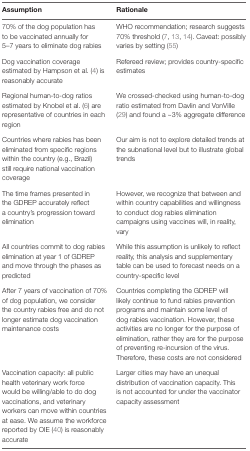
<table><thead><tr><td><b>Assumption</b></td><td><b>Rationale</b></td></tr></thead><tbody><tr><td>70% of the dog population has to be vaccinated annually for 5–7 years to eliminate dog rabies</td><td>WHO recommendation; research suggests 70% threshold (7, 13, 14). Caveat: possibly varies by setting (55)</td></tr><tr><td>Dog vaccination coverage estimated by Hampson et al. (4) is reasonably accurate</td><td>Refereed review; provides country-specific estimates</td></tr><tr><td>Regional human-to-dog ratios estimated by Knobel et al. (6) are representative of countries in each region</td><td>We crossed-checked using human-to-dog ratio estimated from Davlin and VonVille (29) and found a ~3% aggregate difference</td></tr><tr><td>Countries where rabies has been eliminated from specific regions within the country (e.g., Brazil) still require national vaccination coverage</td><td>Our aim is not to explore detailed trends at the subnational level but to illustrate global trends</td></tr><tr><td>The time frames presented in the GDREP accurately reflect a country’s progression toward elimination</td><td>However, we recognize that between and within country capabilities and willingness to conduct dog rabies elimination campaigns using vaccines will, in reality, vary</td></tr><tr><td>All countries commit to dog rabies elimination at year 1 of GDREP and move through the phases as predicted</td><td>While this assumption is unlikely to reflect reality, this analysis and supplementary table can be used to forecast needs on a country-specific level</td></tr><tr><td>After 7 years of vaccination of 70% of dog population, we consider the country rabies free and do not longer estimate dog vaccination maintenance costs</td><td>Countries completing the GDREP will likely continue to fund rabies prevention programs and maintain some level of dog rabies vaccination. However, these activities are no longer for the purpose of elimination, rather they are for the purpose of preventing re-incursion of the virus. Therefore, these costs are not considered</td></tr><tr><td>Vaccination capacity: all public health veterinary work force would be willing/able to do dog vaccinations, and veterinary workers can move within countries at ease. We assume the workforce reported by OIE (40) is reasonably accurate</td><td>Larger cities may have an unequal distribution of vaccination capacity. This is not accounted for under the vaccinator capacity assessment</td></tr></tbody></table>